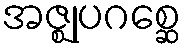
အဇ္ဈုပဂစ္ဆေ